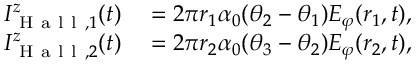
\begin{array} { r l } { I _ { \mathrm { ~ H ~ a ~ l ~ l ~ } , 1 } ^ { z } ( t ) } & { { } = 2 \pi r _ { 1 } \alpha _ { 0 } ( \theta _ { 2 } - \theta _ { 1 } ) E _ { \varphi } ( r _ { 1 } , t ) , } \\ { I _ { \mathrm { ~ H ~ a ~ l ~ l ~ } , 2 } ^ { z } ( t ) } & { { } = 2 \pi r _ { 2 } \alpha _ { 0 } ( \theta _ { 3 } - \theta _ { 2 } ) E _ { \varphi } ( r _ { 2 } , t ) , } \end{array}